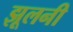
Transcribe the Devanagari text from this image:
झूलनी